Indian journal of veterinary science and animal husbandry - Volume 5,
Year: 1935
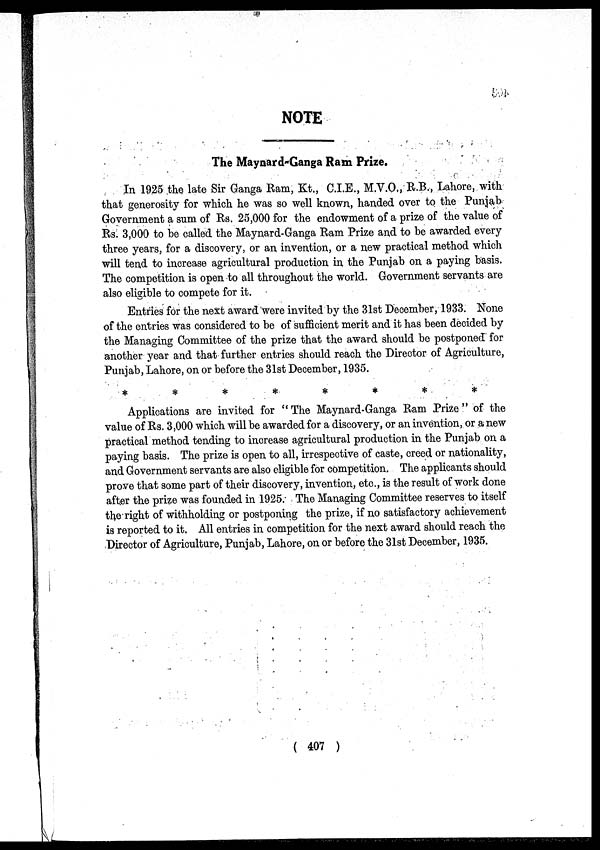
NOTE
The Maynard-Ganga Ram Prize.
In 1925 the late Sir Ganga Ram, Kt., C.I.E., M.V.O., R.B., Lahore, with
that generosity for which he was so well known, handed over to the Punjab
Government a sum of Rs. 25,000 for the endowment of a prize of the value of
Rs. 3,000 to be called the Maynard-Ganga Ram Prize and to be awarded every
three years, for a discovery, or an invention, or a new practical method which
will tend to increase agricultural production in the Punjab on a paying basis.
The competition is open to all throughout the world. Government servants are
also eligible to compete for it.
Entries for the next award were invited by the 31st December, 1933. None
of the entries was considered to be of sufficient merit and it has been decided by
the Managing Committee of the prize that the award should be postponed for
another year and that further entries should reach the Director of Agriculture,
Punjab, Lahore, on or before the 31st December, 1935.
* * * * * * * *
Applications are invited for " The Maynard-Ganga Ram Prize " of the
value of Rs. 3,000 which will be awarded for a discovery, or an invention, or a new
practical method tending to increase agricultural production in the Punjab on a
paying basis. The prize is open to all, irrespective of caste, creed or nationality,
and Government servants are also eligible for competition. The applicants should
prove that some part of their discovery, invention, etc., is the result of work done
after the prize was founded in 1925. The Managing Committee reserves to itself
the right of withholding or postponing the prize, if no satisfactory achievement
is reported to it. All entries in competition for the next award should reach the
Director of Agriculture, Punjab, Lahore, on or before the 31st December, 1935.
( 407 )